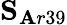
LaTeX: {\mathbf S_{\mathbf Ar39}}